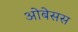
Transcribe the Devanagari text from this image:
ओबेसस